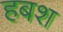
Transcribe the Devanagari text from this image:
हबश